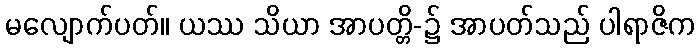
မလျောက်ပတ်။ ယဿ သိယာ အာပတ္တိ-၌ အာပတ်သည် ပါရာဇိက